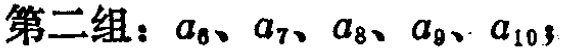
第二组：\(a_{6}、a_{7}、a_{8}、a_{9}、a_{10}\)